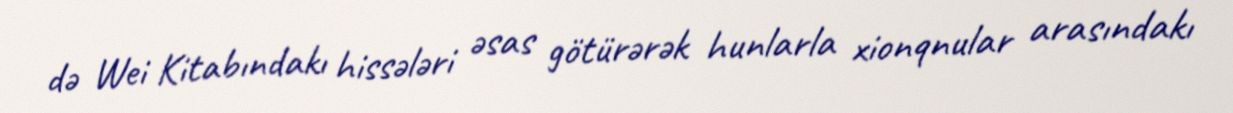
də Wei Kitabındakı hissələri əsas götürərək hunlarla xionqnular arasındakı